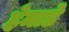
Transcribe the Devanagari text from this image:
हेमाडे